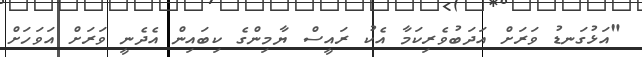
"އަޅުގަނޑު ވަރަށް އަދަބުވެރިކަމާ އެކު ރައީސް ޔާމިންގެ ކިބައިން އެދެނީ ވަރަށް އަވަހަށް